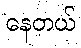
နေတယ်